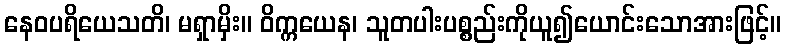
နေဝပရိယေသတိ၊ မရှာမှိး။ ဝိက္ကယေန၊ သူတပါးပစ္စည်းကိုယူ၍ယောင်းသောအားဖြင့်။